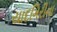
યાદગિરીના